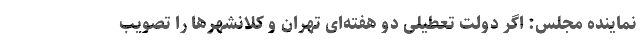
نماینده مجلس: اگر دولت تعطیلی دو هفته‌ای تهران و کلانشهرها را تصویب